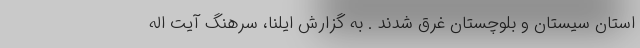
استان سیستان و بلوچستان غرق شدند . به گزارش ایلنا، سرهنگ آیت اله